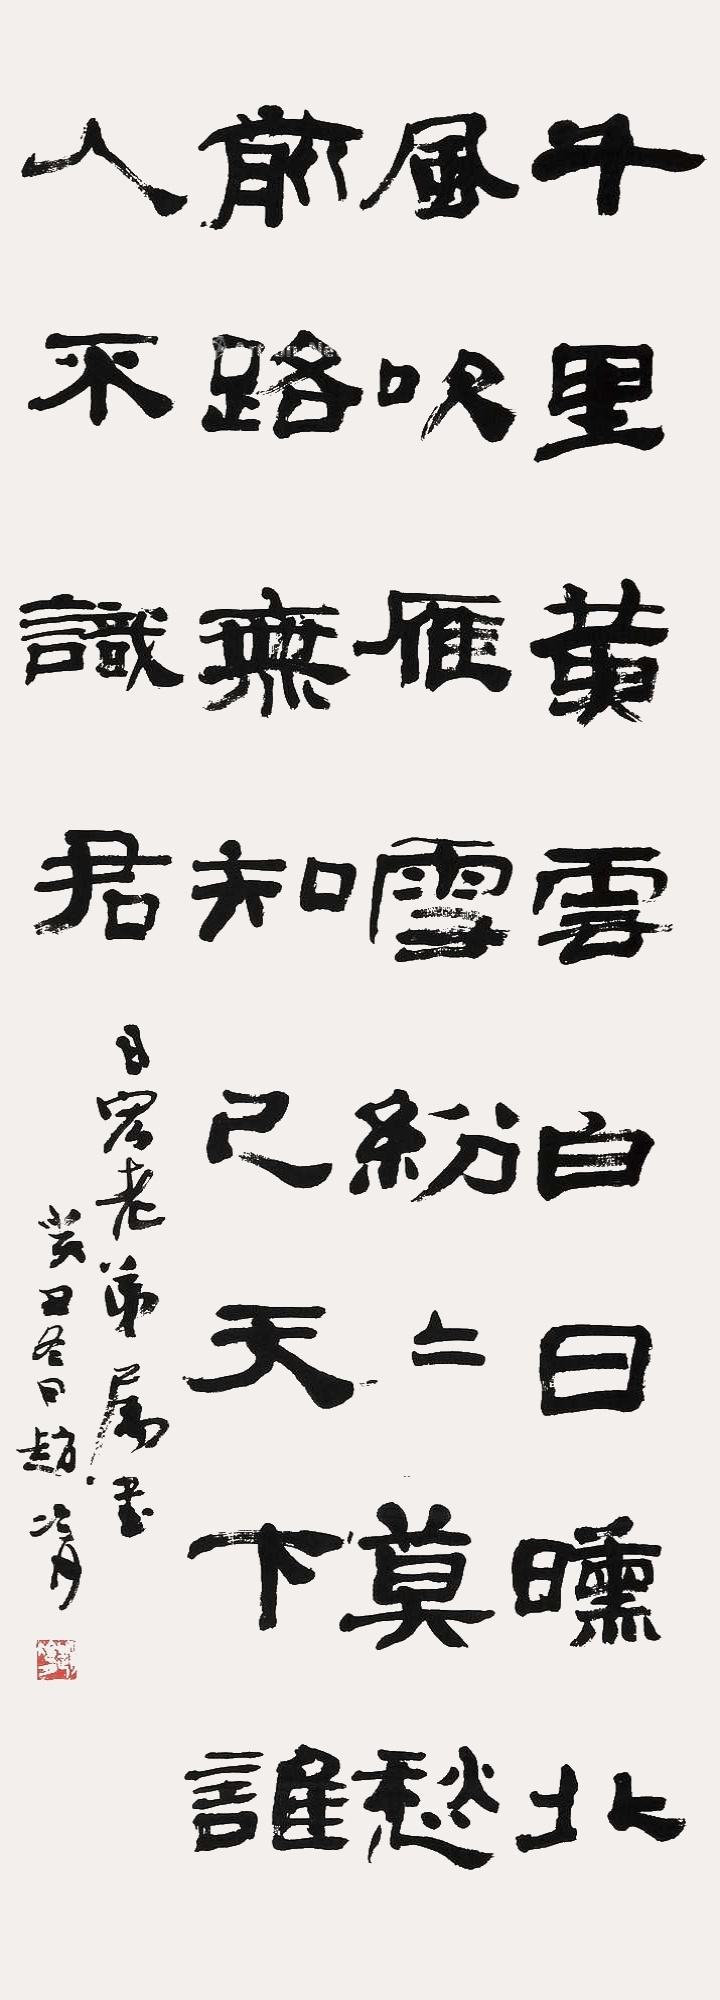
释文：千里黄云白日曛，北风吹雁雪纷纷。莫愁前路无知己，天下谁人不识君。日宏老弟属书，寅丑冬日赵冷月。